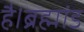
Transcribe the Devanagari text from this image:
है।ब्रह्मांड